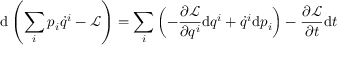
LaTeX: \mathrm { d } \left( \sum _ { i } p _ { i } { \dot { q } } ^ { i } - { \mathcal { L } } \right) = \sum _ { i } \left( - { \frac { \partial { \mathcal { L } } } { \partial q ^ { i } } } \mathrm { d } q ^ { i } + { \dot { q } } ^ { i } \mathrm { d } p _ { i } \right) - { \frac { \partial { \mathcal { L } } } { \partial t } } \mathrm { d } t